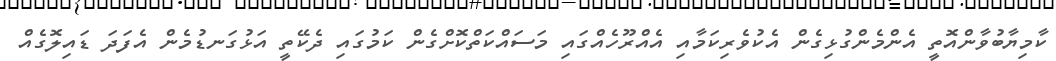
ކާމިޔާބުވާންއޮތީ އެންމެންގުޅިގެން އެކުވެރިކަމާއި އެއްރޫހެއްގައި މަސައްކަތްކޮށްގެން ކަމުގައި ދެކޭތީ އަޅުގަނޑުމެން އެފަދަ ޑައިލޮގެއް